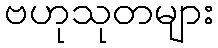
ဗဟုသုတများ